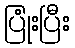
ပြုံးပြီး